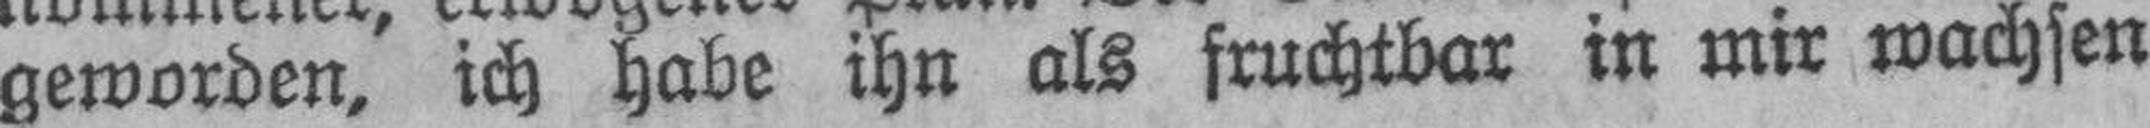
geworden, ich habe ihn als fruchtbar in mir wachsen